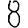
Digit: 8